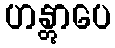
ဟန္တွာပေ